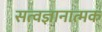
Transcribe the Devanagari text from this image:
सत्वज्ञानात्मक